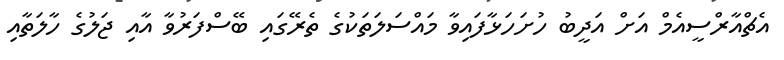
އެޗްއާރްސީއެމް އަށް އަދީބު ހުށަހަޅާފައިވާ މައްސަލަތަކުގެ ތެރޭގައި ބޭސްފަރުވާ އާއި ޖަލުގެ ހާލަތާއި